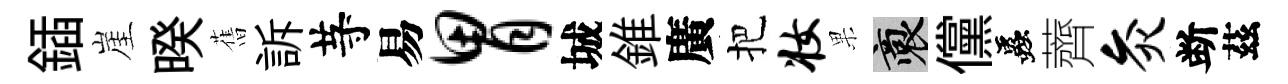
鍤崖暌𦾔訴䒭易胃城錐廣把妆果裔儻蟲薺灸断茲